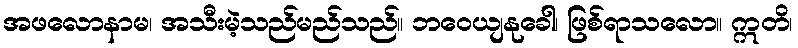
အဖလောနာမ၊ အသီးမဲ့သည်မည်သည်။ ဘဝေယျနုခေါ၊ ဖြစ်ရာသလော။ ဣတိ၊